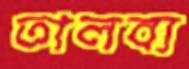
তালব্য